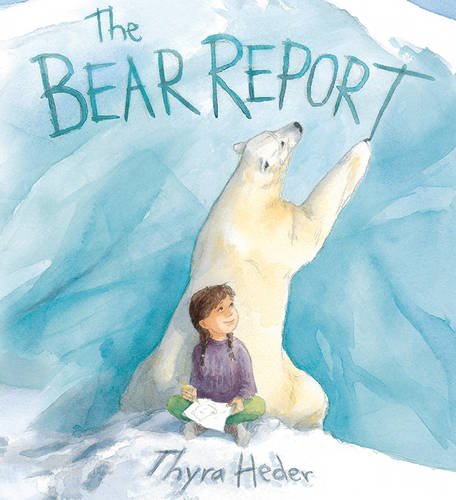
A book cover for The Bear Report; Thyra Heder; Children's Books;